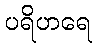
ပရိဟရေ